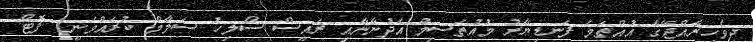
ދިވެހިރާއްޖޭގެ އުއްތަމަ ފަނޑިޔާރު މުއުތަސިމް އަދުނާނާއި ރައީސް ސޯލިހު ސަލާމް ކުރައްވަނީ: ފޮޓޯ